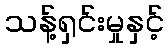
သန့်ရှင်းမှုနှင့်